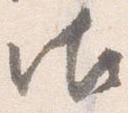
御